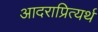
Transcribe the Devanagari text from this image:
आदराप्रित्यर्थ